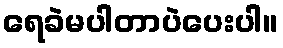
ရေခဲမပါတာပဲပေးပါ။